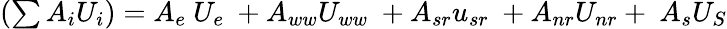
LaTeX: \begin{array}{r}{(\sum{A_{i}U_{i}})=A_{e}\ U_{e}\ +A_{ww}U_{ww}\ +A_{sr}u_{sr}\ +A_{nr}U_{nr}+\ A_{s}U_{S}}\end{array}